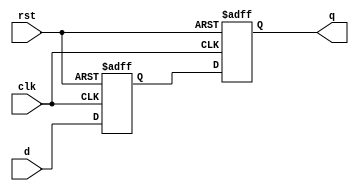
/////////////////////////////////////////////////
// 1 q 2
// 
/////////////////////////////////////////////////

module dtrig(
    input          clk,
    input          rst,
    input  [3:0]   d,
    output [3:0]   q
);

reg [3:0]   cnt_1;
reg [3:0]   cnt_2;

always@(posedge clk or negedge rst)
begin
    if(!rst) begin
        cnt_1 <= 0;
    end
    else begin
        cnt_1 <= d;
    end
end

always@(posedge clk or negedge rst)
begin
    if(!rst) begin
        cnt_2 <= 0;
    end
    else begin
        cnt_2 <= cnt_1;
    end
end

assign q = cnt_2;

endmodule